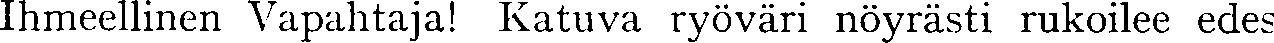
Ihmeellinen Vapahtaja! Katuva ryöväri nöyrästi rukoilee edes